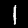
Label: 1